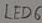
Text: LED6